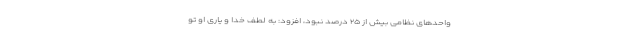
واحدهای نظامی بیش از ۲۵ درصد نبود، افزود: به لطف خدا و یاری او تو